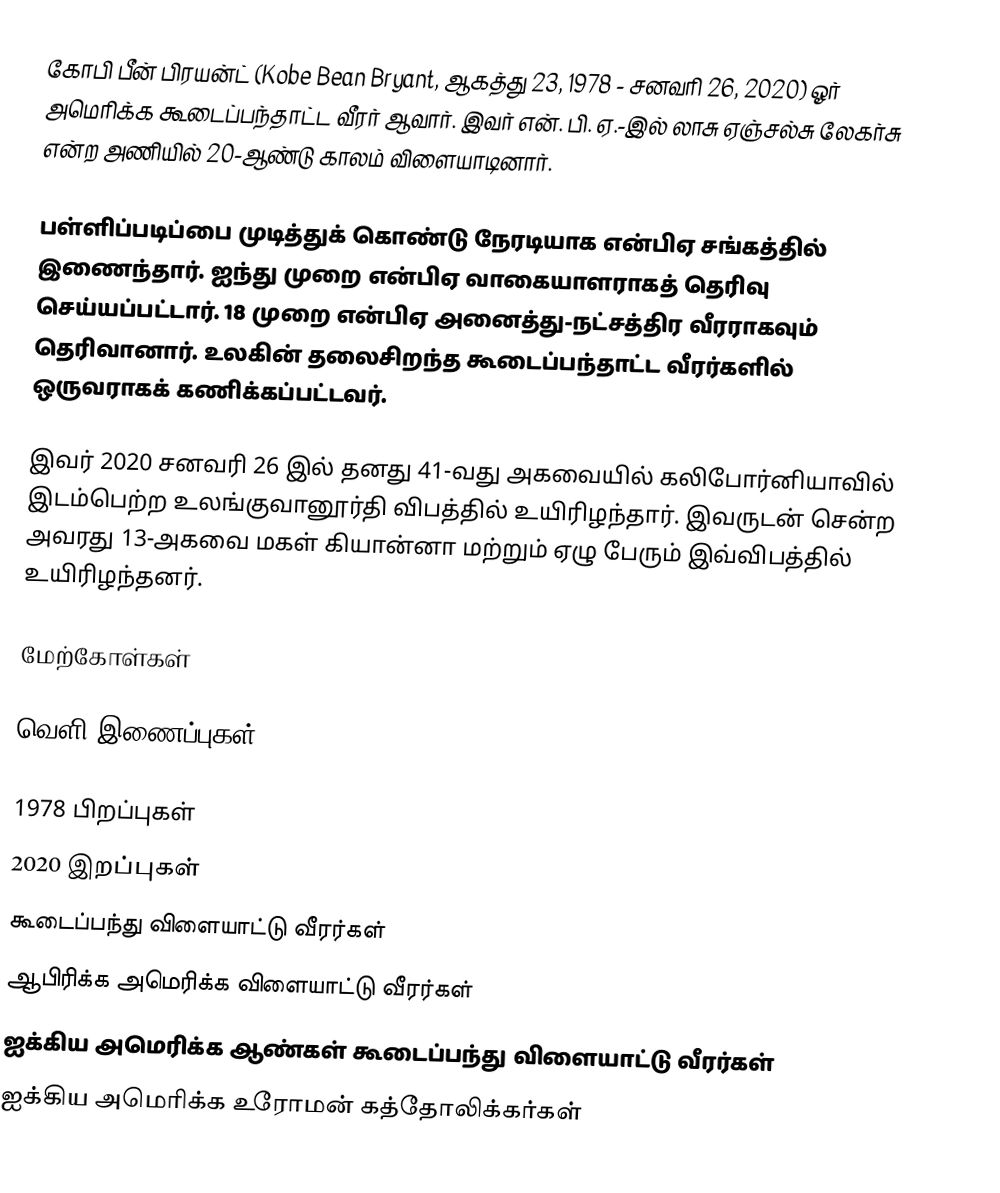
கோபி பீன் பிரயன்ட் (Kobe Bean Bryant, ஆகத்து 23, 1978 - சனவரி 26, 2020) ஓர் அமெரிக்க கூடைப்பந்தாட்ட வீரர் ஆவார். இவர் என். பி. ஏ.-இல் லாசு ஏஞ்சல்சு லேகர்சு என்ற அணியில் 20-ஆண்டு காலம் விளையாடினார்.

பள்ளிப்படிப்பை முடித்துக் கொண்டு நேரடியாக என்பிஏ சங்கத்தில் இணைந்தார். ஐந்து முறை என்பிஏ வாகையாளராகத் தெரிவு செய்யப்பட்டார். 18 முறை  என்பிஏ அனைத்து-நட்சத்திர வீரராகவும் தெரிவானார். உலகின் தலைசிறந்த கூடைப்பந்தாட்ட வீரர்களில் ஒருவராகக் கணிக்கப்பட்டவர்.

இவர் 2020 சனவரி 26 இல் தனது 41-வது அகவையில் கலிபோர்னியாவில் இடம்பெற்ற உலங்குவானூர்தி விபத்தில் உயிரிழந்தார். இவருடன் சென்ற அவரது 13-அகவை மகள் கியான்னா மற்றும் ஏழு பேரும் இவ்விபத்தில் உயிரிழந்தனர்.

மேற்கோள்கள்

வெளி இணைப்புகள்

1978 பிறப்புகள்
2020 இறப்புகள்
கூடைப்பந்து விளையாட்டு வீரர்கள்
ஆபிரிக்க அமெரிக்க விளையாட்டு வீரர்கள்
ஐக்கிய அமெரிக்க ஆண்கள் கூடைப்பந்து விளையாட்டு வீரர்கள்
ஐக்கிய அமெரிக்க உரோமன் கத்தோலிக்கர்கள்